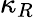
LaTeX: \kappa_{R}